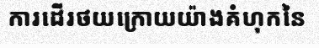
ការដើរថយក្រោយយ៉ាងគំហុកនៃ